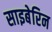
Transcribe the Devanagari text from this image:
साइबेरिन